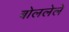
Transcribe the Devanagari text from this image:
बोललेले